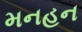
મનહન